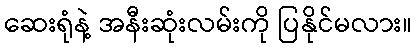
ဆေးရုံနဲ့ အနီးဆုံးလမ်းကို ပြနိုင်မလား။